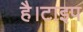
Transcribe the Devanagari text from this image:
है।टाइप